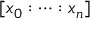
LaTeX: [ x _ { 0 } : \cdots : x _ { n } ]